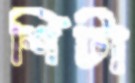
শিটা